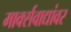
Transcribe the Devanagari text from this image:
मार्क्‍सवाद्यांवर